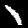
Digit: 1